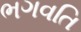
ભગવતિ